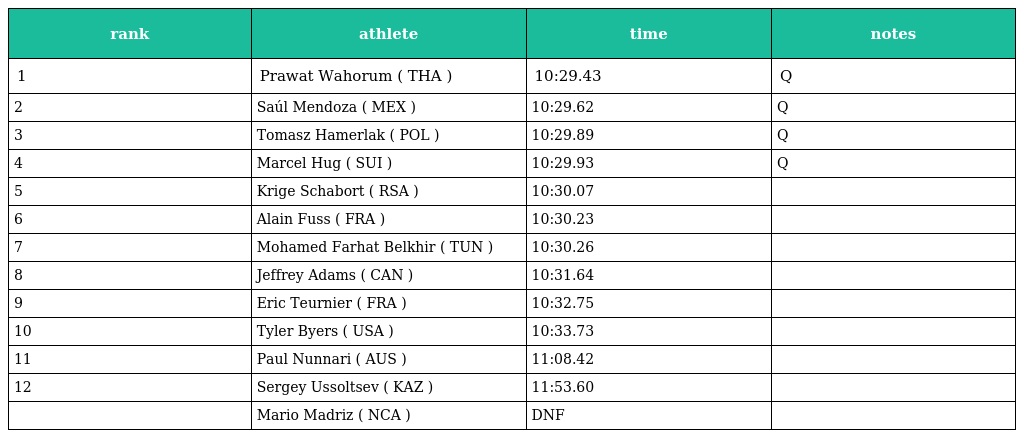
| rank | athlete | time | notes |
 | --- | --- | --- | --- |
 | 1 | Prawat Wahorum ( THA ) | 10:29.43 | Q |
 | 2 | Saúl Mendoza ( MEX ) | 10:29.62 | Q |
 | 3 | Tomasz Hamerlak ( POL ) | 10:29.89 | Q |
 | 4 | Marcel Hug ( SUI ) | 10:29.93 | Q |
 | 5 | Krige Schabort ( RSA ) | 10:30.07 |  |
 | 6 | Alain Fuss ( FRA ) | 10:30.23 |  |
 | 7 | Mohamed Farhat Belkhir ( TUN ) | 10:30.26 |  |
 | 8 | Jeffrey Adams ( CAN ) | 10:31.64 |  |
 | 9 | Eric Teurnier ( FRA ) | 10:32.75 |  |
 | 10 | Tyler Byers ( USA ) | 10:33.73 |  |
 | 11 | Paul Nunnari ( AUS ) | 11:08.42 |  |
 | 12 | Sergey Ussoltsev ( KAZ ) | 11:53.60 |  |
 |  | Mario Madriz ( NCA ) | DNF |  |